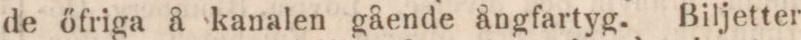
de őfriga å kanalen gående ångfartyg. Biljetter